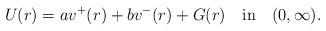
LaTeX: \begin{align*}U(r)=av^+(r)+bv^-(r)+G(r)\quad\mbox{in}\quad(0,\infty). \end{align*}